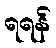
ရရန်